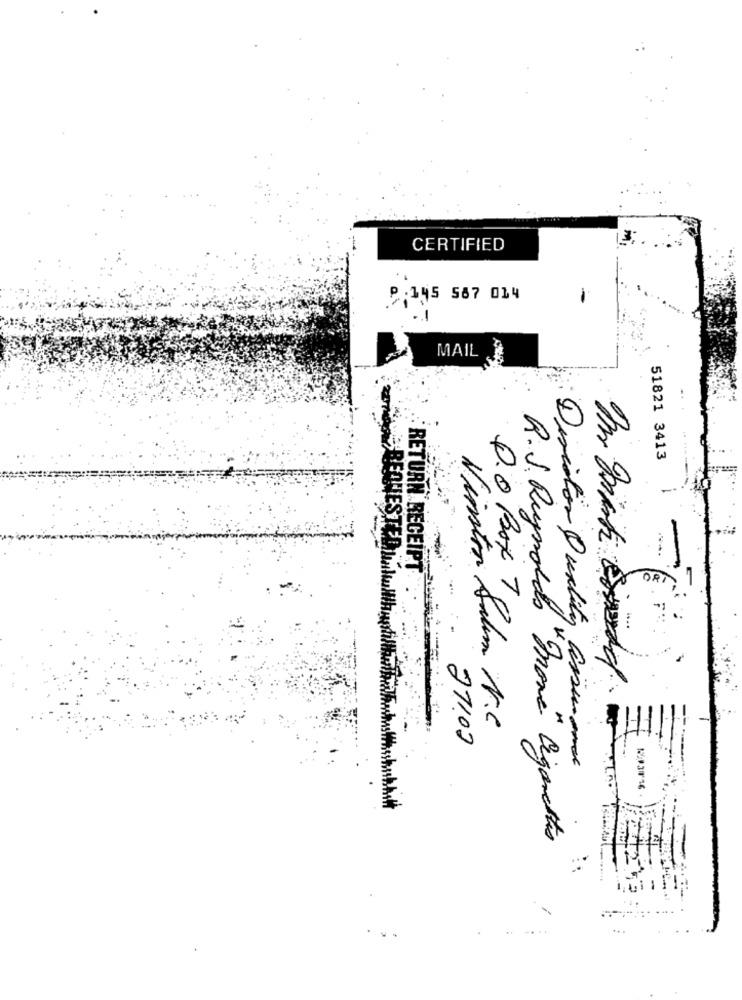
CERTIFIED
8:145 567 014
MAIL
51821 3413
RETURN RECEIPT
REQUESTED LakuWh
P.O Box Tg
Winston Salem N.C.
27100
Diristor Quality assurance
R.J. Reynolds"more" Cigarettes